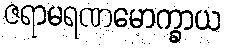
ဇရာမရဏမောက္ခာယ